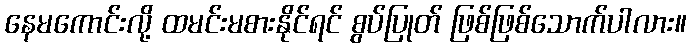
နေမကောင်းလို့ ထမင်းမစားနိုင်ရင် စွပ်ပြုတ် ဖြစ်ဖြစ်သောက်ပါလား။